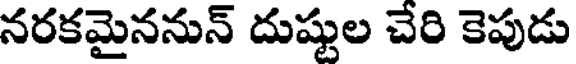
నరకమైననున్ దుష్టుల చేరి కెపుడు